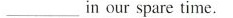
___ in our spare time.